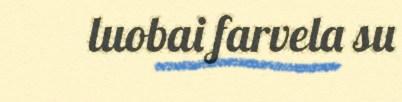
luobai farvela su